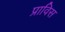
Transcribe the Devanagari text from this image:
प्राविस